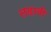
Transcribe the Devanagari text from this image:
लढावी